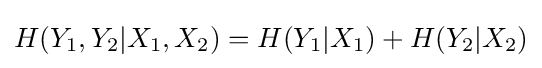
H(Y_{1},Y_{2}|X_{1},X_{2})=H(Y_{1}|X_{1})+H(Y_{2}|X_{2})